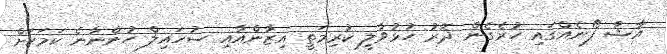
އާޝާ ފޯނެއްގައި ހުރެގެން ދޮރު ހުޅުވާލީ ކުރިމަތީ އިޒާންއާއި ސުހައިލް ހުންނާނެ ކަމަކަށް